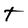
Character: T